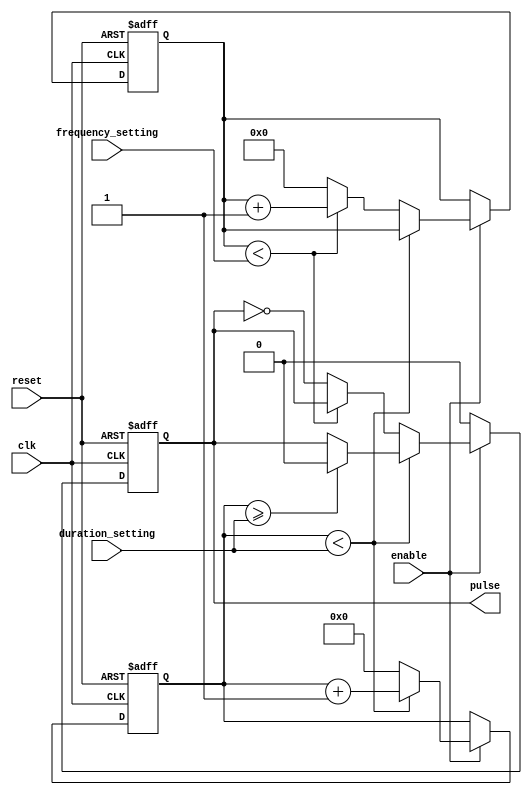
module Variable_Frequency_Pulse_Generator (
    input wire clk,
    input wire reset,
    input wire enable,
    input wire [7:0] frequency_setting,
    input wire [15:0] duration_setting,
    output reg pulse
);

reg [15:0] counter;
reg [7:0] frequency_counter;

always @(posedge clk or posedge reset) begin
    if (reset) begin
        counter <= 16'd0;
        frequency_counter <= 8'd0;
        pulse <= 1'b0;
    end else begin
        if (enable) begin
            if (counter < duration_setting) begin
                counter <= counter + 16'd1;
                if (counter >= duration_setting) begin
                    pulse <= 1'b0;
                end
            end else begin
                if (frequency_counter < frequency_setting) begin
                    frequency_counter <= frequency_counter + 8'd1;
                end else begin
                    pulse <= pulse ^ 1'b1;
                    frequency_counter <= 8'd0;
                end
                counter <= 16'd0;
            end
        end else begin
            pulse <= 1'b0;
        end
    end
end

endmodule